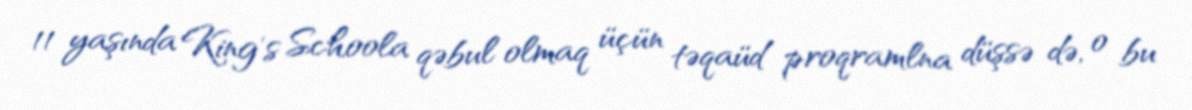
11 yaşında King’s Schoola qəbul olmaq üçün təqaüd proqramlna düşsə də, o bu